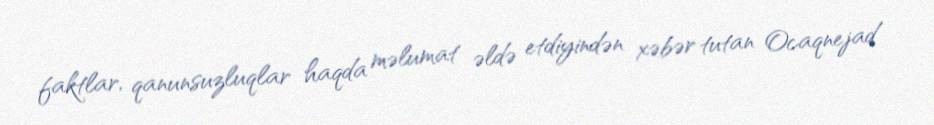
faktlar, qanunsuzluqlar haqda məlumat əldə etdiyindən xəbər tutan Ocaqnejad